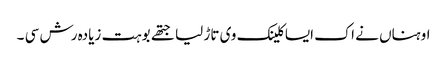
اوہناں نے اک ایسا کلینک وی تاڑ لیا جتھے بوہت زیادہ رش سی ۔